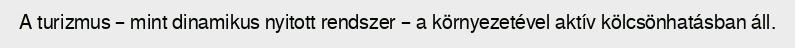
A turizmus – mint dinamikus nyitott rendszer – a környezetével aktív kölcsönhatásban áll.